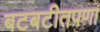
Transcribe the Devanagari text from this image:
बटबटीतपणा